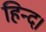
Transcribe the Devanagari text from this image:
हिन्द।